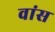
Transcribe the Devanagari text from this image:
वांस